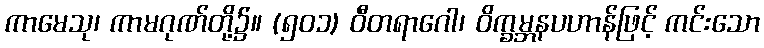
ကာမေသု၊ ကာမဂုဏ်တို့၌။ (၅၀၁) ဝီတရာဂေါ၊ ဝိက္ခမ္ဘနပဟာန်ဖြင့် ကင်းသော